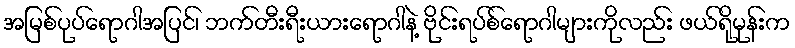
အမြစ်ပုပ်ရောဂါအပြင်၊ ဘက်တီးရီးယားရောဂါနဲ့ ဗိုင်းရပ်စ်ရောဂါများကိုလည်း ဖယ်ရိုမုန်းက